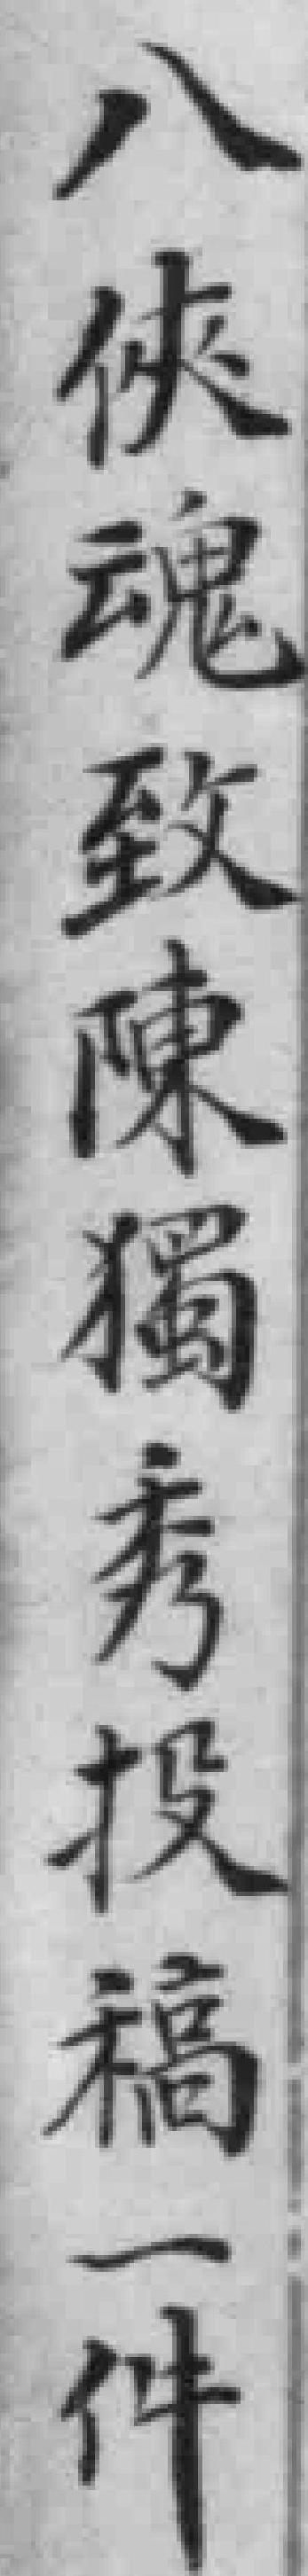
八俠魂致陳獨秀投稿一件